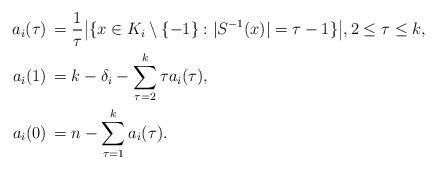
LaTeX: \begin{align*}a_i(\tau)\,&=\frac 1\tau\bigl|\{x\in K_i\setminus\{-1\}: |S^{-1}(x)|=\tau-1\}\bigr|,2\le \tau\le k,\\a_i(1)\,&=k-\delta_i-\sum_{\tau=2}^k\tau a_i(\tau),\\a_i(0)\,&=n-\sum_{\tau=1}^ka_i(\tau).\end{align*}